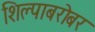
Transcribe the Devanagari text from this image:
शिल्पाबरोबर